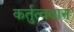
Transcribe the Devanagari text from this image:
कर्तुत्ववान